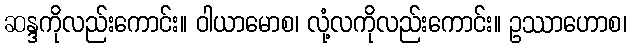
ဆန္ဒကိုလည်းကောင်း။ ဝါယာမောစ၊ လုံ့လကိုလည်းကောင်း။ ဥဿာဟောစ၊